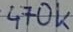
Text: 470k